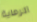
الرماية